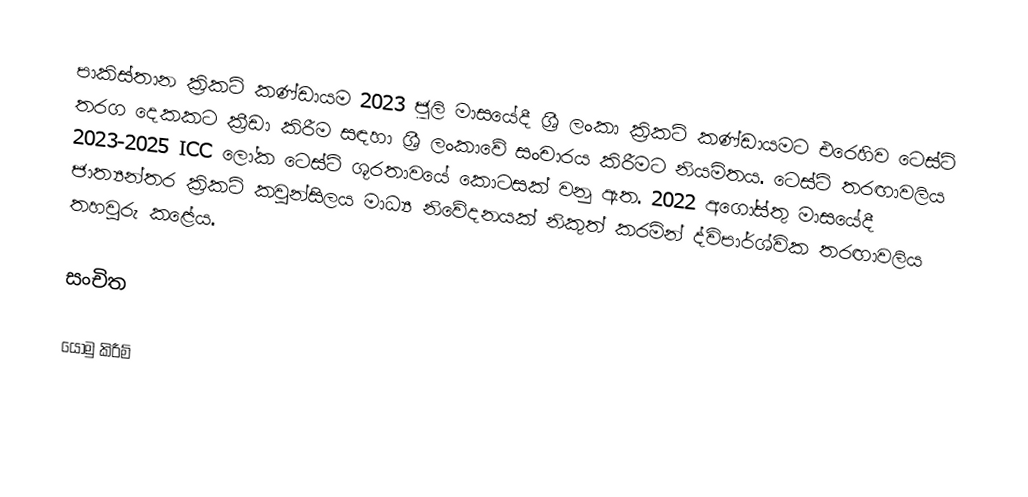
පාකිස්තාන ක්‍රිකට් කණ්ඩායම 2023 ජූලි මාසයේදී ශ්‍රී ලංකා ක්‍රිකට් කණ්ඩායමට එරෙහිව ටෙස්ට් තරග දෙකකට ක්‍රීඩා කිරීම සඳහා ශ්‍රී ලංකාවේ සංචාරය කිරීමට නියමිතය. ටෙස්ට් තරඟාවලිය 2023-2025 ICC ලෝක ටෙස්ට් ශූරතාවයේ කොටසක් වනු ඇත. 2022 අගෝස්තු මාසයේදී ජාත්‍යන්තර ක්‍රිකට් කවුන්සිලය මාධ්‍ය නිවේදනයක් නිකුත් කරමින් ද්විපාර්ශ්වික තරඟාවලිය තහවුරු කළේය.

සංචිත

යොමු කිරීම්